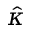
\hat { \kappa }